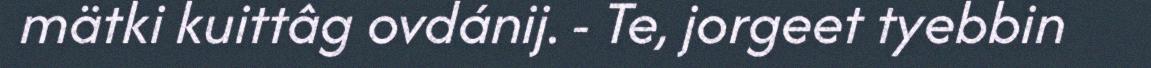
mätki kuittâg ovdánij. - Te, jorgeet tyebbin